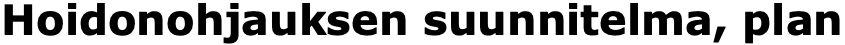
Hoidonohjauksen suunnitelma, plan